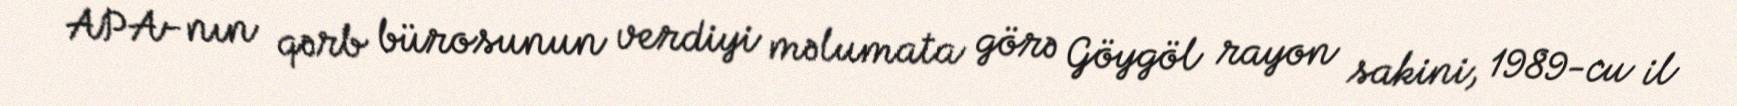
APA-nın qərb bürosunun verdiyi məlumata görə Göygöl rayon sakini, 1989-cu il